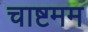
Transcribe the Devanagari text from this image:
चाष्टमम